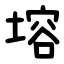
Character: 塎